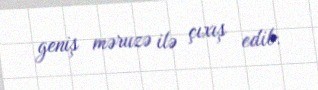
geniş məruzə ilə çıxış edib.